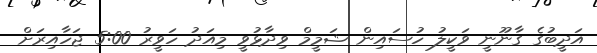
އަދީބުގެ ގާނޫނީ ވަކީލު ހުސައިން ޝަމީމް ވިދާޅުވީ މިއަދު ހަވީރު 5:00 ޖަހާއިރަށް